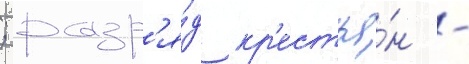
; разр'я́д кр'естья́н -